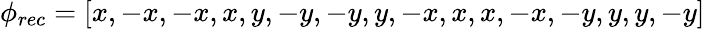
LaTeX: \phi_{rec}=[x,-x,-x,x,y,-y,-y,y,-x,x,x,-x,-y,y,y,-y]